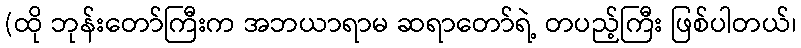
(ထို ဘုန်းတော်ကြီးက အဘယာရာမ ဆရာတော်ရဲ့ တပည့်ကြီး ဖြစ်ပါတယ်၊